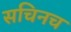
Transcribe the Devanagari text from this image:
सचिनच